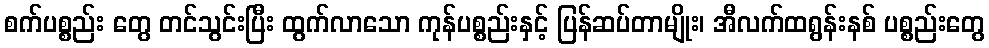
စက်ပစ္စည်း တွေ တင်သွင်းပြီး ထွက်လာသော ကုန်ပစ္စည်းနှင့် ပြန်ဆပ်တာမျိုး၊ အီလက်ထရွန်းနစ် ပစ္စည်းတွေ